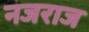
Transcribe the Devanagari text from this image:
नजराज